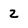
Character: Z